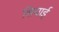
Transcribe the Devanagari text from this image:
शियाई